Civil Veterinary Department Bihar reports 1940-50 - 1940-1950
Year: 1940
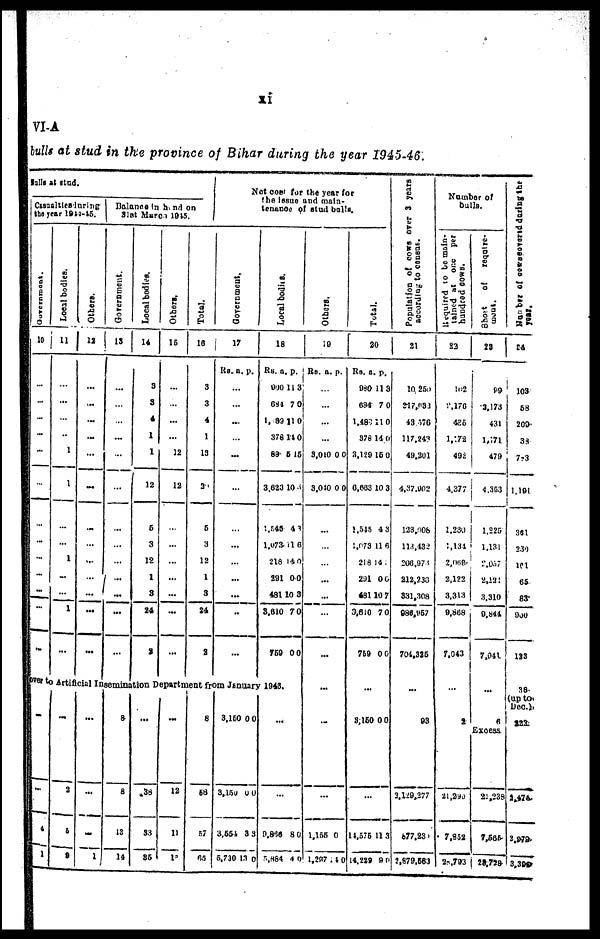
xi
VI-A
bulls at stud in the province of Bihar during the year 1945-46.
Bulls at stud.
Casualties during
the year 1944-45
Government.
10
...
...
...
...
...
...
...
...
...
...
...
...
Local bodies.
11
...
...
...
...
1
1
...
...
1
...
1
...
Others.
12
...
...
...
...
...
...
...
...
...
...
...
...
...
Balance in hand on
31st March 1945.
Government.
13
...
...
...
...
...
...
...
...
...
...
...
...
...
Local bodies.
14
8
8
4
1
1
12
5
3
12
1
8
34
2
Others
15
...
...
...
...
12
12
...
...
...
...
...
...
...
Total.
16
3
3
4
1
13
a«
6
3
12
1
8
24
2
Not cost for the year for
the issue and main-
tenence of stud bulls.
Go v e r
n me n t.
17
Rs.
.
.
..
.
...
..
...
..
...
..
..
...
..
a.
..
..
.
..
.
.
.
.
.
p.
Local bodies.
18
Rs.
890 11 3
684
1, 83
378
89 5 15
3,623
1,945
1,073 11 6
218 1
181
481
3,610
759
a.
7
11 0
14
10
4
4 0
0
10 3
7
0
p.
0
0
0
0
0
0
ver to Artificial Insemination Department from January 1945.
...
...
4
1
...
2
5
5
...
...
...
1
8
8
13
14
...
38
S3
35
...
12
11
18
8
58
57
65
3,150 0 0
3,150
3,554
5,730
0
1
0
3 3
3 0
...
...
9,866
5,884
8 0
4 0
Ot her s.
19
Rs.
...
...
.
...
3,010 0 0
3,01
...
...
...
.
.
.
...
.
1,155
1,297 240
a.
..
0
..
..
..
..
p.
0 0
0
Total.
20
Rs.
980
684
1,489 11 0
378 14 0
3,129
6,863 10 3
1,345
1, 73 11 6
218 14
291
481 10
3,610
759
3,150
..
44,575
14,289
a.
11
7
15
4 3
0 0
7
7 0
0 0
0
11 3
9 1
p.
3
0
0
0
population of
according to
21
10,250
217,033
43 576
117,243
49,201
4,37,902
123,008
113,432
206,975
212,230
331,308
986,957
704,318
93
3,129,277
677,23
2,879,583
Number of
bulls.
Required to be main-
tained at one per
bundred
cows.
22
162
2,176
435
1,472
492
4,377
1,230
1,131
2,068
2,123
3,313
9,868
f.043
2
21,280
7,832
2,793
Short
of
require-
ment.
23
19
3,173
431
1,171
479
4,353
1,225
1,131
2,087
2,232
3,310
9,844
7,941
6
Excess
21,238
...
...
Number of cowscovered during the
year.
24
103
58
209
33
723
1,191
361
230
let
65
83
900
113
38
(up to.
Dec.)
222
2,474
2,978
3,380